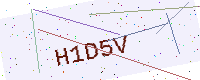
Text: H1D5V